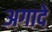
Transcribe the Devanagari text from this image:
अगादे